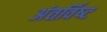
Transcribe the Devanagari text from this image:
अंतर्विष्‍ट